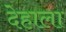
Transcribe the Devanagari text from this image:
देहाला